system: You are a helpful assistant.
user:
Analyze the provided spectrum to determine if it is a **White Dwarf (WD)**.

A White Dwarf spectrum is defined by its **extreme purity** (due to gravitational settling) and/or **extreme pressure broadening** (due to high surface gravity). You must check for one of the following mutually exclusive signatures:

- **Key Visual Indicators (Check for ONE of these types):**

    - **1. DA-Type Signature (Most Common):**
        - **(Primary Feature):** Extreme pressure broadening (Stark broadening) of the **Hydrogen (H) Balmer lines**.
        - **(Key Lines):** $H\beta$ (approx. $4861$ Å) and $H\gamma$ (approx. $4340$ Å). $H\alpha$ (approx. $6563$ Å) will also be present if the wavelength range covers it.
        - **(Line Profile):** This is the **defining feature**. The lines are **NOT** sharp. They appear as massive, **extremely broad and deep "troughs" or "dips"** in the spectrum, often hundreds of Ångströms wide. The continuum will appear to "scoop" down at these wavelengths.
        - **(Distinction):** Normal A-type or B-type stars have *narrow* and *sharp* Hydrogen lines. A DA White Dwarf's lines are unmistakably "smeared" or "blurry" from pressure.

    - **2. DB-Type Signature:**
        - **(Primary Feature):** Broad absorption lines from **Neutral Helium (He I)**. The spectrum must lack any visible Hydrogen lines.
        - **(Key Lines):** Look for broad absorption near $4471$ Å, $4921$ Å, and $5876$ Å.
        - **(Line Profile):** These lines are also significantly pressure-broadened, appearing much wider than they would in a normal B-type main-sequence star.

    - **3. DC-Type Signature:**
        - **(Primary Feature):** A **featureless continuous spectrum**.
        - **(Line Profile):** The spectrum is a smooth curve with **no significant absorption or emission lines**.
        - **(Key Confirmation):** The continuum is almost always **blue or white**, indicating a hot object. This signature implies the atmosphere is so pure (or so cool) that no spectral lines are visible in the optical range. Its WD identity is confirmed by its extremely low intrinsic brightness (high absolute magnitude).

    - **4. DZ-Type Signature (Metal-Polluted):**
        - **(Primary Feature):** **Isolated, narrow metal absorption lines** on an otherwise featureless (DC-like) continuum.
        - **(Key Lines):** The **Calcium (Ca II) H & K doublet** (approx. **$3934$ Å** and **$3968$ Å**) is the most common and defining feature.
        - **(Line Profile):** These lines are "out of place." They are *not* part of a "forest" of thousands of lines. This signature is evidence of recent *accretion* (pollution) from rocky debris.
        - **(Distinction):** Normal G/K/M stars have a *dense forest* of thousands of metal lines. A DZ has a *clean* continuum with *only a few* strong metal lines.

    - **5. DQ-Type Signature (Carbon-Polluted):**
        - **(Primary Feature):** Absorption bands from **Carbon (C₂ "Swan Bands" or atomic C I)**.
        - **(Key Lines - C₂):** Look for bandheads with a "saw-tooth" shape near $5635$ Å, **$5165$ Å** (strongest), and $4737$ Å.
        - **(Key Confirmation):** The underlying **continuum must be blue or white** (hot).
        - **(Distinction):** This is the critical difference from a **Carbon Star**, which has the *exact same* C₂ bands but on an extremely **red, cool** continuum.

- **(Overall Spectrum):**
    - The continuum (overall shape) is typically **blue-sloping** (brighter in the blue than the red), as most white dwarfs are very hot.
    - The spectrum will look "pure" or "simple," dominated by only *one* of the five signatures listed above.

Think first, call **spectral_visualization_tool** if needed to examine features in detail, then provide your final answer. Your response must adhere to the following strict rules:
1.  **Overall Structure:** Your response must follow the format `<think>...</think> <tool_call>...</tool_call> (if a tool is used) <answer>...</answer>`.
2.  **Tool Usage Constraint:** You may only make **one** tool call per turn.
3.  **Final Answer Format:** In the `<answer>` tag, your conclusion must be inside a `\boxed{}` command (e.g., `\boxed{YES}` or `\boxed{NO}`), followed by your justification.

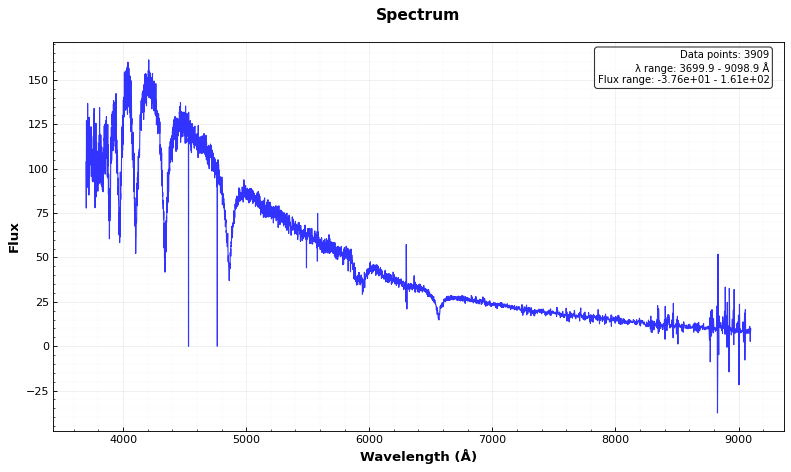
Answer: YES